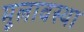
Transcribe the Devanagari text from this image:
मूलावस्था